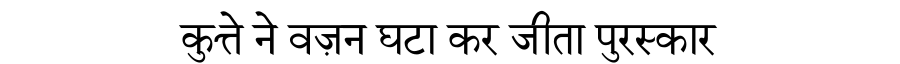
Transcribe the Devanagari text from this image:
कुत्ते ने वज़न घटा कर जीता पुरस्कार